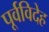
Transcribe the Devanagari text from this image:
पूर्वविदेह